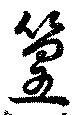
篁